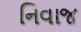
નિવાજ